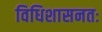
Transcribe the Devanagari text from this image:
विधिशासनतः